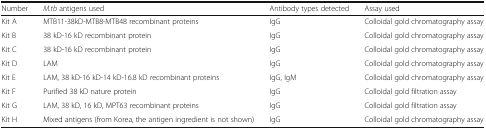
<table><thead><tr><td><b>Number</b></td><td><b><i>M.tb</i> antigens used</b></td><td><b>Antibody types detected</b></td><td><b>Assay used</b></td></tr></thead><tbody><tr><td>Kit A</td><td>MTB11-38kD-MTB8-MTB48 recombinant proteins</td><td>IgG</td><td>Colloidal gold chromatography assay</td></tr><tr><td>Kit B</td><td>38 kD-16 kD recombinant protein</td><td>IgG</td><td>Colloidal gold chromatography assay</td></tr><tr><td>Kit C</td><td>38 kD-16 kD recombinant protein</td><td>IgG</td><td>Colloidal gold chromatography assay</td></tr><tr><td>Kit D</td><td>LAM</td><td>IgG</td><td>Colloidal gold chromatography assay</td></tr><tr><td>Kit E</td><td>LAM, 38 kD-16 kD-14 kD-16.8 kD recombinant proteins</td><td>IgG, IgM</td><td>Colloidal gold chromatography assay</td></tr><tr><td>Kit F</td><td>Purified 38 kD nature protein</td><td>IgG</td><td>Colloidal gold filtration assay</td></tr><tr><td>Kit G</td><td>LAM, 38 kD, 16 kD, MPT63 recombinant proteins</td><td>IgG</td><td>Colloidal gold filtration assay</td></tr><tr><td>Kit H</td><td>Mixed antigens (from Korea, the antigen ingredient is not shown)</td><td>IgG</td><td>Colloidal gold chromatography assay</td></tr></tbody></table>